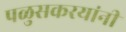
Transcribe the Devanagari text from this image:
पळुसकरयांनी